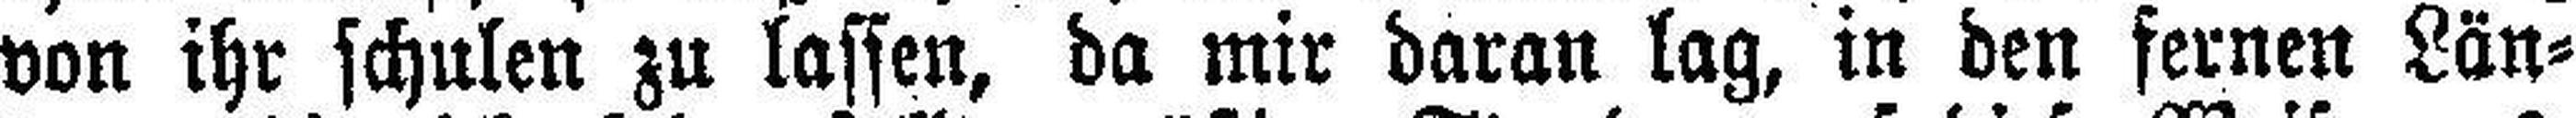
von ihr schulen zu lassen, da mir daran lag, in den fernen Län¬